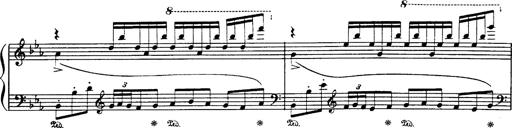
Title: Danza sacra e duetto finale dâ€™Aida
Composer: Franz Liszt